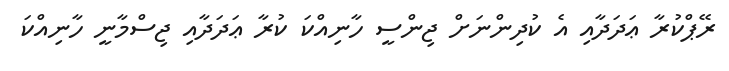
ރޭޕްކުރާ ޢަދަދާއި އެ ކުދިންނަށް ޖިންސީ ހާނިއްކަ ކުރާ ޢަދަދާއި ޖިސްމާނީ ހާނިއްކަ